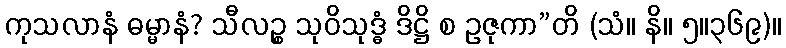
ကုသလာနံ ဓမ္မာနံ? သီလဉ္စ သုဝိသုဒ္ဓံ ဒိဋ္ဌိ စ ဥဇုကာ”တိ (သံ။ နိ။ ၅။၃၆၉)။